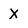
Character: x